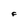
Character: f